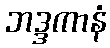
ဘဒ္ဒကာနံ